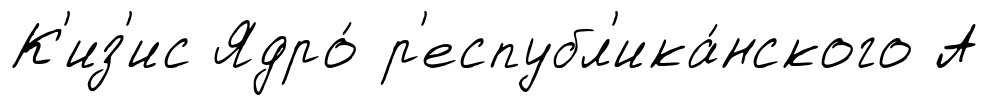
К'из'ис Ядро́ р'еспубл'ика́нского А